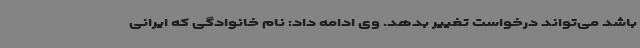
باشد می‌تواند درخواست تغییر بدهد. وی ادامه داد: نام خانوادگی که ایرانی